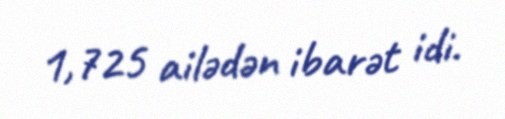
1,725 ailədən ibarət idi.